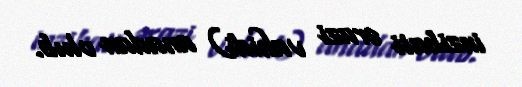
inzibati ərazi vahidi) anadan olub.